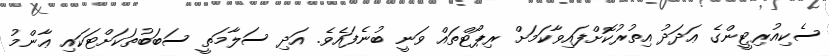
ސެކިއުރިޓީންގެ ޢަދަދު އިތުރުކޮށްފައިވާކަމަށް ރިޕޯޓްތައް ވަނީ ބުނެފައެވެ. އަދި ސަލާމަތީ ސަބަބުތަކަށްޓަކައި ޢާންމު